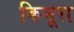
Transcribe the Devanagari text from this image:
किमूरा